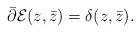
\begin{align*}\bar{\partial}{\cal E}(z,\bar{z})=\delta(z,\bar{z}).\end{align*}